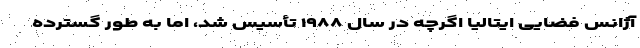
آژانس فضایی ایتالیا اگرچه در سال ۱۹۸۸ تأسیس شد، اما به طور گسترده